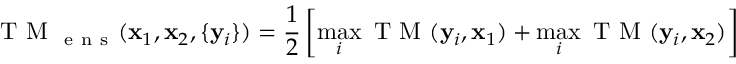
\mathrm { ~ T ~ M ~ } _ { \mathrm { ~ e ~ n ~ s ~ } } ( \mathbf { x } _ { 1 } , \mathbf { x } _ { 2 } , \{ \mathbf { y } _ { i } \} ) = \frac { 1 } { 2 } \left[ \operatorname* { m a x } _ { i } \mathrm { ~ T ~ M ~ } ( \mathbf { y } _ { i } , \mathbf { x } _ { 1 } ) + \operatorname* { m a x } _ { i } \mathrm { ~ T ~ M ~ } ( \mathbf { y } _ { i } , \mathbf { x } _ { 2 } ) \right]